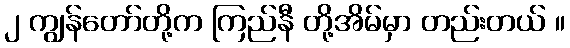
၂ ကျွန်တော်တို့က ကြည်နီ တို့အိမ်မှာ တည်းတယ် ။